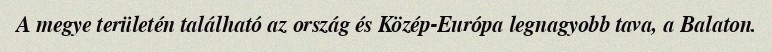
A megye területén található az ország és Közép-Európa legnagyobb tava, a Balaton.